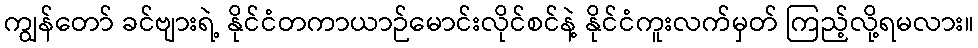
ကျွန်တော် ခင်ဗျားရဲ့ နိုင်ငံတကာယာဉ်မောင်းလိုင်စင်နဲ့ နိုင်ငံကူးလက်မှတ် ကြည့်လို့ရမလား။